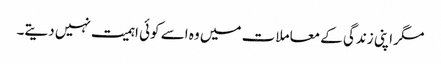
مگر اپنی زندگی کے معاملات میں وہ اسے کوئی اہمیت نہیں دیتے۔